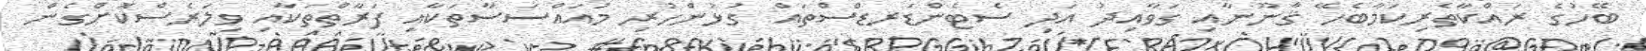
ބޭހުގެ ރައްކާތެރިކަމާބެހޭ ޤާނޫނާއި ގަވާއިދު އަދި ސެޓެންޑަރޑްސްތައް ގުޅުންހުރި މުއައްސަސާތަކާއި ފަރާތްތަކާއި ވިލަރެސްކޮށްގެން